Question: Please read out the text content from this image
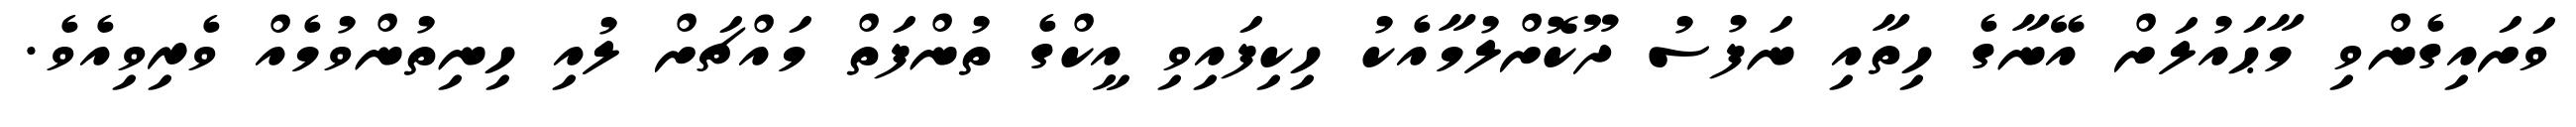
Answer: ވަށައިގެންވި މާޙައުލަށް އޭނާގެ ހިތާއި ނަފުސު ދޫކޮށްލުމާއެކު ހިކިފައިވި އީކްގެ ތުންފަތް މައްޗަށް ލުއި ހިނިތުންވުމެއް ވެރިވިއެވެ.